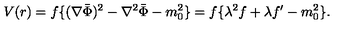
V ( r ) = f \{ ( \nabla \bar { \Phi } ) ^ { 2 } - \nabla ^ { 2 } \bar { \Phi } - m _ { 0 } ^ { 2 } \} = f \{ \lambda ^ { 2 } f + \lambda f ^ { \prime } - m _ { 0 } ^ { 2 } \} .